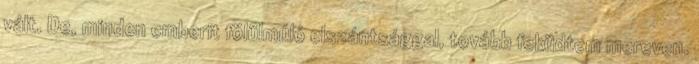
vált. De, minden emberit fölülmúló elszántsággal, tovább feküdtem mereven.